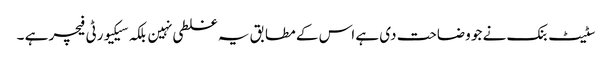
سٹیٹ بنک نے جو وضاحت دی ہے اس کے مطابق یہ غلطی نہین بلکہ سیکیورٹی فیچر ہے ۔